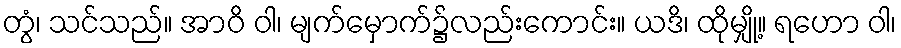
တွံ၊ သင်သည်။ အာဝိ ဝါ၊ မျက်မှောက်၌လည်းကောင်း။ ယဒိ၊ ထိုမျှို့။ ရဟော ဝါ၊